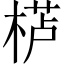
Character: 𱣸